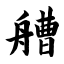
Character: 艚